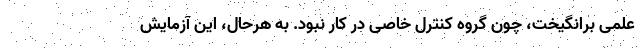
علمی برانگیخت، چون گروه کنترل خاصی در کار نبود. به هرحال، این آزمایش